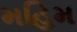
મહિમ